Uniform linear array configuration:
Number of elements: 4
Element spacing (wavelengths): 0.25
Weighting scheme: binomial
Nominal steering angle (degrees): -45
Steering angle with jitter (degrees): -44.817
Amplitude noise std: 0.05
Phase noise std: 0.05

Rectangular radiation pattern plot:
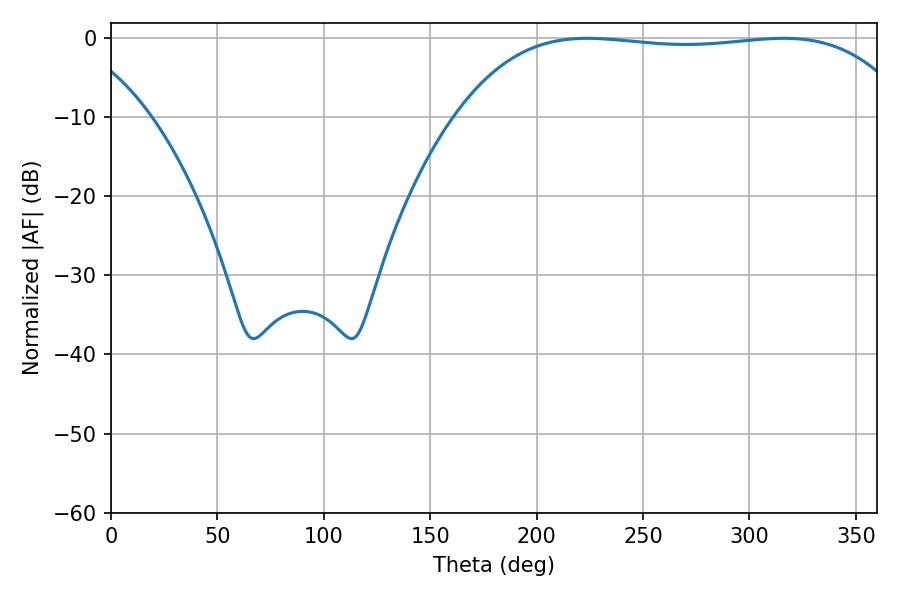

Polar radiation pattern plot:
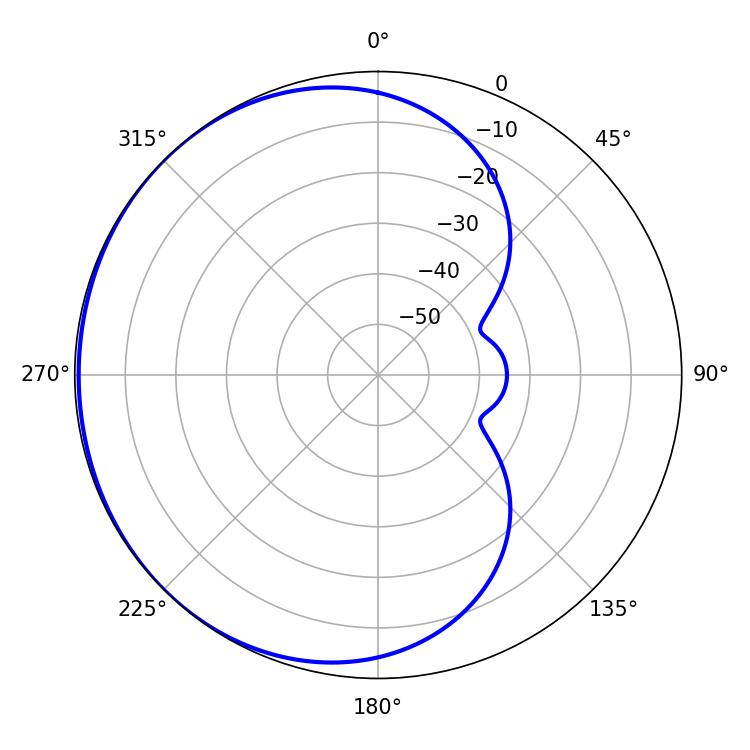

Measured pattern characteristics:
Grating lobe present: FALSE
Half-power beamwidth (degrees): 168.48
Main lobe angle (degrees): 223.92